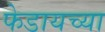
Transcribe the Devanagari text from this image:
फेडायच्या